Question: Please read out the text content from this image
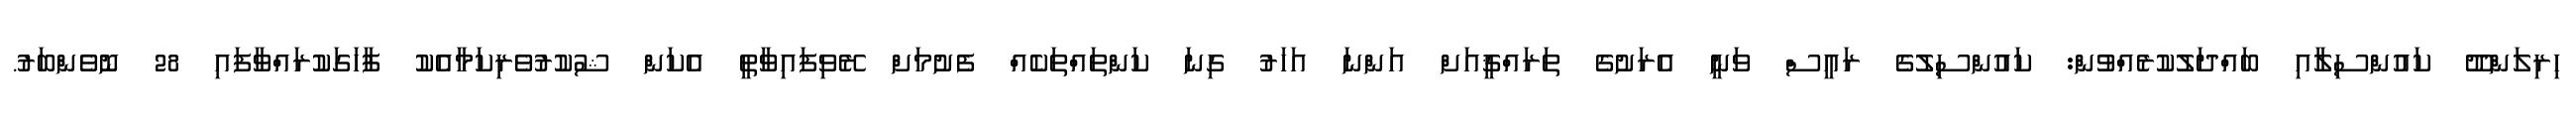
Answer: ހިރިލަންދޫ ކައުންސިލާއި ބައްދަލުކުރެއްވުން: ކައުންސިލުގެ ރައީސް ވަނީ އެރަށުގެ ތަރައްޤީއަށް އަންނަ އަހަރު ގިނަ ކަންތައްތަކެއް ފެށުމަށް ރޭވިފައިވާތީ އެކަން ޝުކުރުވެރިކަމާއެކު ފާހަގަކުރައްވާފައި 28 ނޮވެންބަރު.